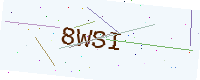
Text: 8WSI